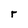
Character: r